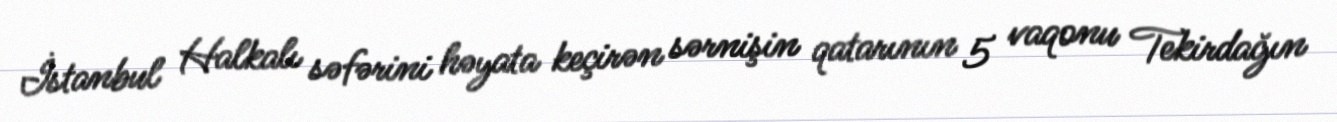
İstanbul Halkalı səfərini həyata keçirən sərnişin qatarının 5 vaqonu Tekirdağın